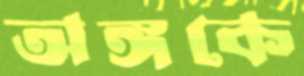
অঙ্গকে